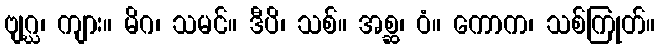
ဗျဂ္ဃ၊ ကျား။ မိဂ၊ သမင်။ ဒီပိ၊ သစ်။ အစ္ဆ၊ ဝံ။ ကောက၊ သစ်ကြုတ်။